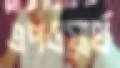
এপওয়ার্থ